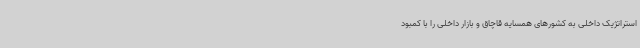
استراتژیک داخلی به کشورهای همسایه قاچاق و بازار داخلی را با کمبود